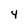
Character: 4